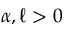
\alpha , \ell > 0